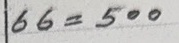
66 = 500